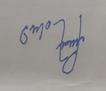
Signature authenticity: forged